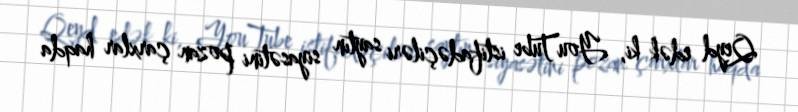
Qeyd edək ki, YouTube istifadəçiləri saytın siyasətini pozan çarxlar haqda